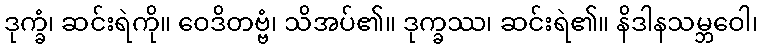
ဒုက္ခံ၊ ဆင်းရဲကို။ ဝေဒိတဗ္ဗံ၊ သိအပ်၏။ ဒုက္ခဿ၊ ဆင်းရဲ၏။ နိဒါနသမ္ဘဝေါ၊